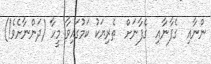
ންނާއި  ގެފާނާއި  ގެފާނަށް  ތެރިޔަކު ކަމުގައިވާ މީހާ (ދަންނާށެވެ!)